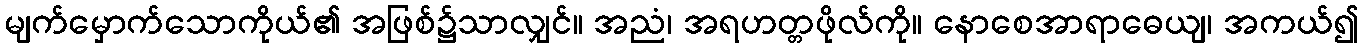
မျက်မှောက်သောကိုယ်၏ အဖြစ်၌သာလျှင်။ အညံ၊ အရဟတ္တဖိုလ်ကို။ နောစေအာရာဓေယျ၊ အကယ်၍